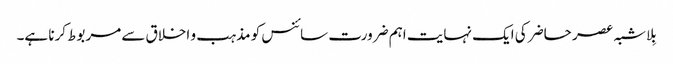
بِلاشبہ عصر حاضر کی ایک نہایت اہم ضرورت سائنس کو مذہب و اخلاق سے مربوط کرنا ہے۔